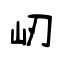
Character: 屻